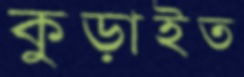
কুড়াইত